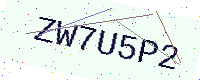
Text: ZW7U5P2